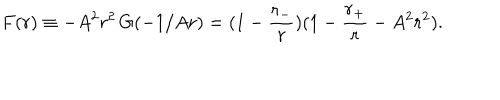
LaTeX: F ( r ) \equiv - A ^ { 2 } r ^ { 2 } \, G ( - 1 / A r ) = ( 1 - \frac { r _ { - } } { r } ) ( 1 - \frac { r _ { + } } { r } - A ^ { 2 } r ^ { 2 } ) .